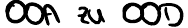
OOA zu OOD